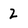
Character: 2